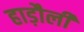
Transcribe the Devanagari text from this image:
हाड़ौली